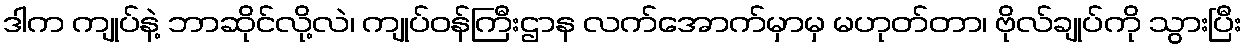
ဒါက ကျုပ်နဲ့ ဘာဆိုင်လို့လဲ၊ ကျုပ်ဝန်ကြီးဌာန လက်အောက်မှာမှ မဟုတ်တာ၊ ဗိုလ်ချုပ်ကို သွားပြီး